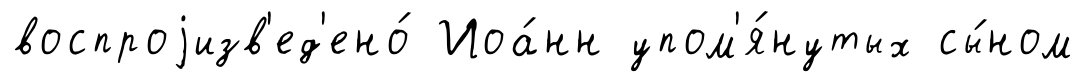
воспроjизв'ед'ено́ Иоа́нн упом'я́нутых сы́ном